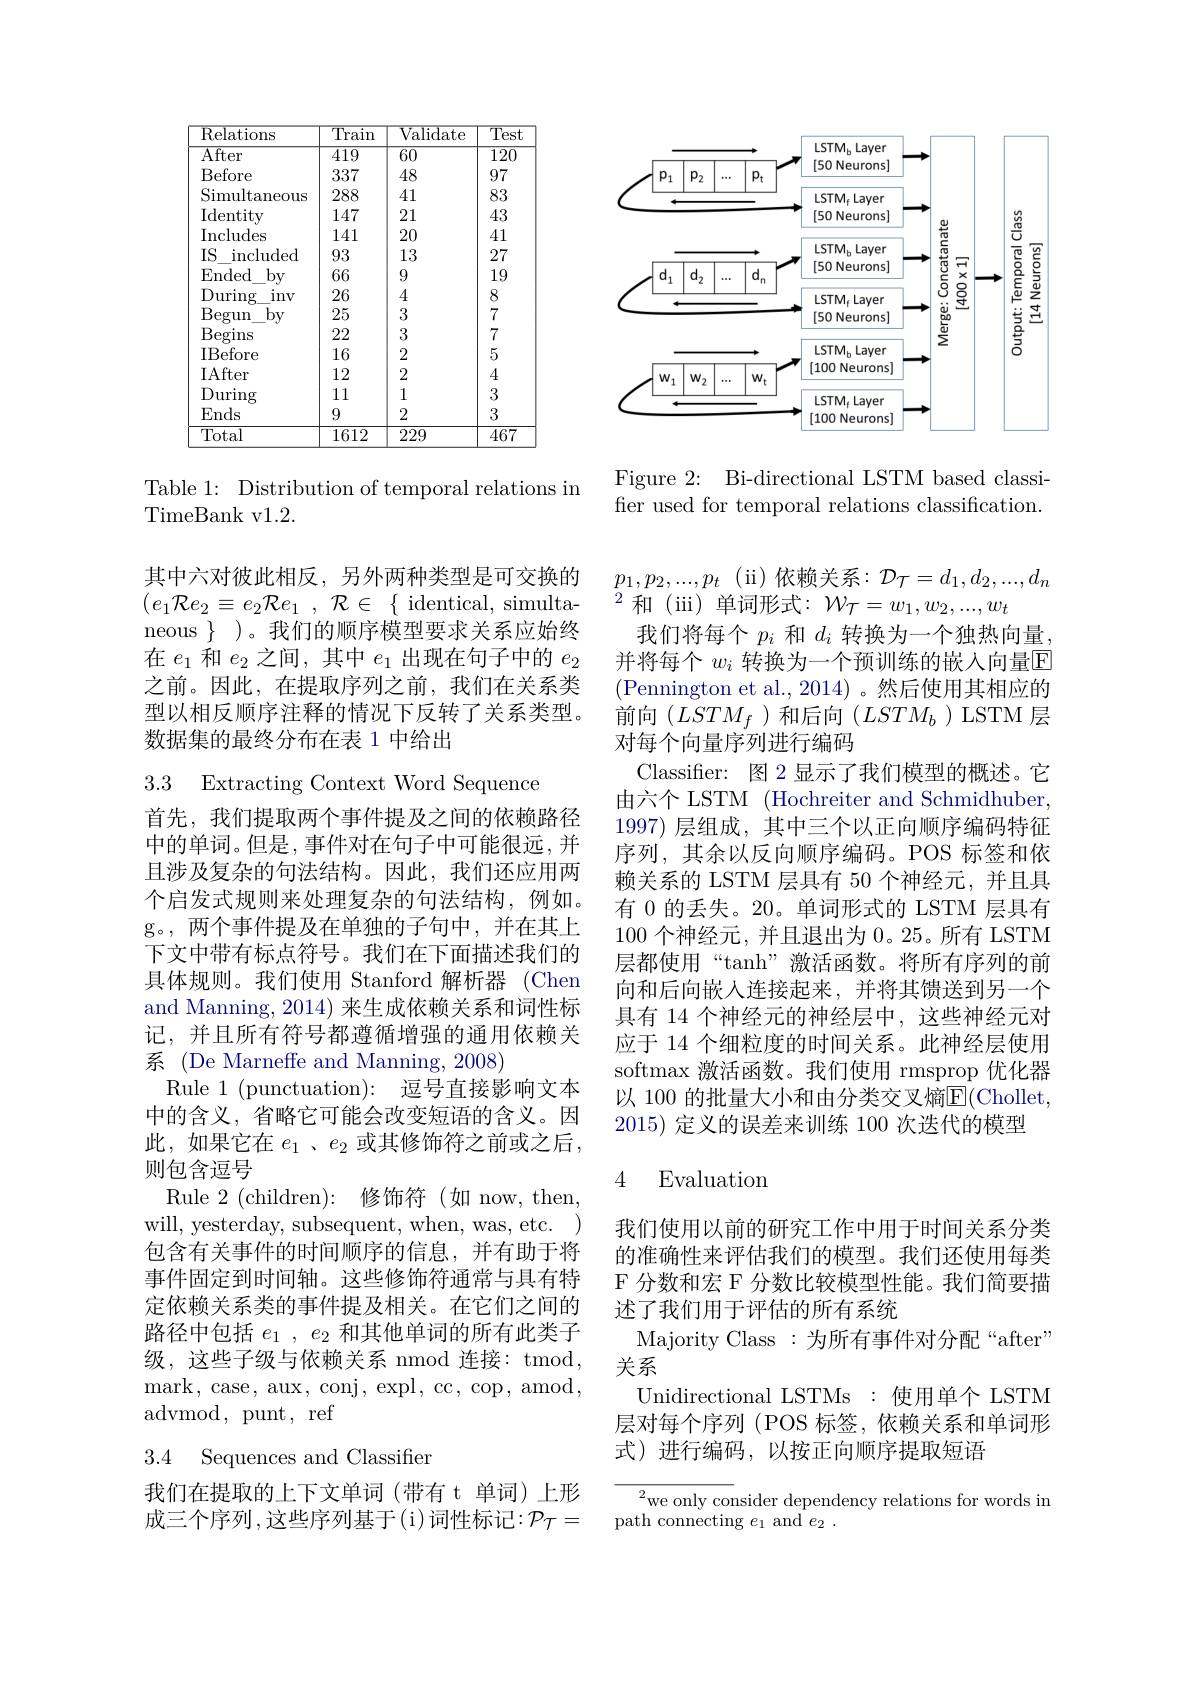
<table>
	<tbody>
		<tr>
			<th>Relations</th>
			<th>$\overline{\text{Train}}$</th>
			<th>${\mathrm{Validate}}$</th>
			<th>$\overline{\mathrm{Test}}$</th>
		</tr>
		<tr>
			<td>$\overline{\mathrm{After}}$</td>
			<td>$\overline{419}$</td>
			<td>$\overline{60}$</td>
			<td>$\overline{120}$</td>
		</tr>
		<tr>
			<td>Before</td>
			<td>337</td>
			<td>48</td>
			<td>97</td>
		</tr>
		<tr>
			<td>Simultaneous</td>
			<td>288</td>
			<td>41</td>
			<td>83</td>
		</tr>
		<tr>
			<td>$\operatorname{Identity}$</td>
			<td>147</td>
			<td>21</td>
			<td>43</td>
		</tr>
		<tr>
			<td>Includes</td>
			<td>141</td>
			<td>20</td>
			<td>41</td>
		</tr>
		<tr>
			<td>IS $\operatorname{included}$</td>
			<td>93</td>
			<td>13</td>
			<td>27</td>
		</tr>
		<tr>
			<td>Ended $by$</td>
			<td>66</td>
			<td>9</td>
			<td>19</td>
		</tr>
		<tr>
			<td>During inv</td>
			<td>26</td>
			<td>4</td>
			<td>8</td>
		</tr>
		<tr>
			<td>Begun $by$</td>
			<td>25</td>
			<td>3</td>
			<td>7</td>
		</tr>
		<tr>
			<td>$\operatorname{Begins}$</td>
			<td>22</td>
			<td>3</td>
			<td>7</td>
		</tr>
		<tr>
			<td>IBefore</td>
			<td>16</td>
			<td>2</td>
			<td>5</td>
		</tr>
		<tr>
			<td>IAfter</td>
			<td>12</td>
			<td>2</td>
			<td>4</td>
		</tr>
		<tr>
			<td>During</td>
			<td>11</td>
			<td>1</td>
			<td>3</td>
		</tr>
		<tr>
			<td>Ends</td>
			<td>9</td>
			<td>2</td>
			<td>3</td>
		</tr>
		<tr>
			<td>Total</td>
			<td>1612</td>
			<td>229</td>
			<td>467</td>
		</tr>
	</tbody>
</table>

Table 1: Distribution of temporal relations in
TimeBank v1.2.

其中六对彼此相反，另外两种类型是可交换的$( e_{1}\mathcal{R} e_{2}\equiv e_{2}\mathcal{R} e_{1}$ , $\mathcal{R} \in$ $\{$ identical, simulta- neous $\}$ )。我们的顺序模型要求关系应始终在$e_1$和$e_2$之间，其中$e_1$出现在句子中的$e_2$ 之前。因此，在提取序列之前，我们在关系类型以相反顺序注释的情况下反转了关系类型。数据集的最终分布在表 1 中给出

3.3 Extracting Context Word Sequence

首先，我们提取两个事件提及之间的依赖路径中的单词。但是，事件对在句子中可能很远，并且涉及复杂的句法结构。因此，我们还应用两个启发式规则来处理复杂的句法结构，例如。g。,两个事件提及在单独的子句中，并在其上下文中带有标点符号。我们在下面描述我们的具体规则。我们使用 Stanford 解析器 (Chen and Manning, 2014) 来生成依赖关系和词性标记，并且所有符号都遵循增强的通用依赖关系 (De Marneffe and Manning, 2008)
Rule 1 (punctuation): 逗号直接影响文本中的含义，省略它可能会改变短语的含义。因此，如果它在$e_1$ 、$e_2$或其修饰符之前或之后， 则包含逗号
Rule 2 (children): 修饰符(如 now, then, will, yesterday, subsequent, when, was, etc. ) 包含有关事件的时间顺序的信息，并有助于将事件固定到时间轴。这些修饰符通常与具有特定依赖关系类的事件提及相关。在它们之间的路径中包括$e_1,e_2$和其他单词的所有此类子级，这些子级与依赖关系 nmod 连接：tmod, mark, case, aux, conj, expl, cc, cop, amod, advmod, punt, ref

3.4 Sequences and Classifien

我们在提取的上下文单词(带有 t 单词)上形成三个序列，这些序列基于(i)词性标记$:\mathcal{P}_\mathcal{T}=$

<FigureHere>

Figure 2: Bi-directional LSTM based classifier used for temporal relations classification.

$p_{1}, p_{2}, . . . , p_{t}$ (ii)依赖关系$:\mathcal{D}_\mathcal{T}=d_1,d_2,...,d_n$
$^{2}$和(iii)单词形式：$\mathcal{W}_\mathcal{T}=w_1,w_2,...,w_t$
我们将每个$p_i$和$d_i$转换为一个独热向量， 并将每个 $w_i$ 转换为一个预训练的嵌入向量$\overline{\mathrm{E}}$ (Pennington et al., 2014)。然后使用其相应的前向(LSTM_f)和后向(LSTM_b)LSTM 层对每个向量序列进行编码
Classifer: 图 2 显示了我们模型的概述。它由六个 LSTM (Hochreiter and Schmidhuber, 1997)层组成，其中三个以正向顺序编码特征序列，其余以反向顺序编码。POS 标签和依赖关系的 LSTM 层具有 50 个神经元，并且具有 0 的丢失。20。单词形式的 LSTM 层具有100个神经元，并且退出为0。25。所有 LSTM 层都使用“tanh”激活函数。将所有序列的前向和后向嵌人连接起来，并将其馈送到另一个具有 14 个神经元的神经层中，这些神经元对应于 14 个细粒度的时间关系。此神经层使用softmax 激活函数。我们使用 rmsprop 优化器以 100 的批量大小和由分类交叉熵$\overline{\mathrm{E}}($Chollet, 2015) 定义的误差来训练 100 次迭代的模型

## 4 Evaluation

我们使用以前的研究工作中用于时间关系分类的准确性来评估我们的模型。我们还使用每类F 分数和宏 F 分数比较模型性能。我们简要描述了我们用于评估的所有系统
Majority Class :为所有事件对分配“after”
关系
Unidirectional LSTMs :使用单个 LSTM 层对每个序列 (POS 标签，依赖关系和单词形式)进行编码，以按正向顺序提取短语

${\overline{{^2}\text{we only con}}}$sider dependency relations for words in
path connecting $e_1$ and $e_2.$